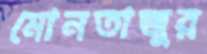
মোনতাজুর